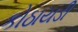
કોઠાયડી